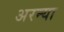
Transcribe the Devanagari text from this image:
अरन्या